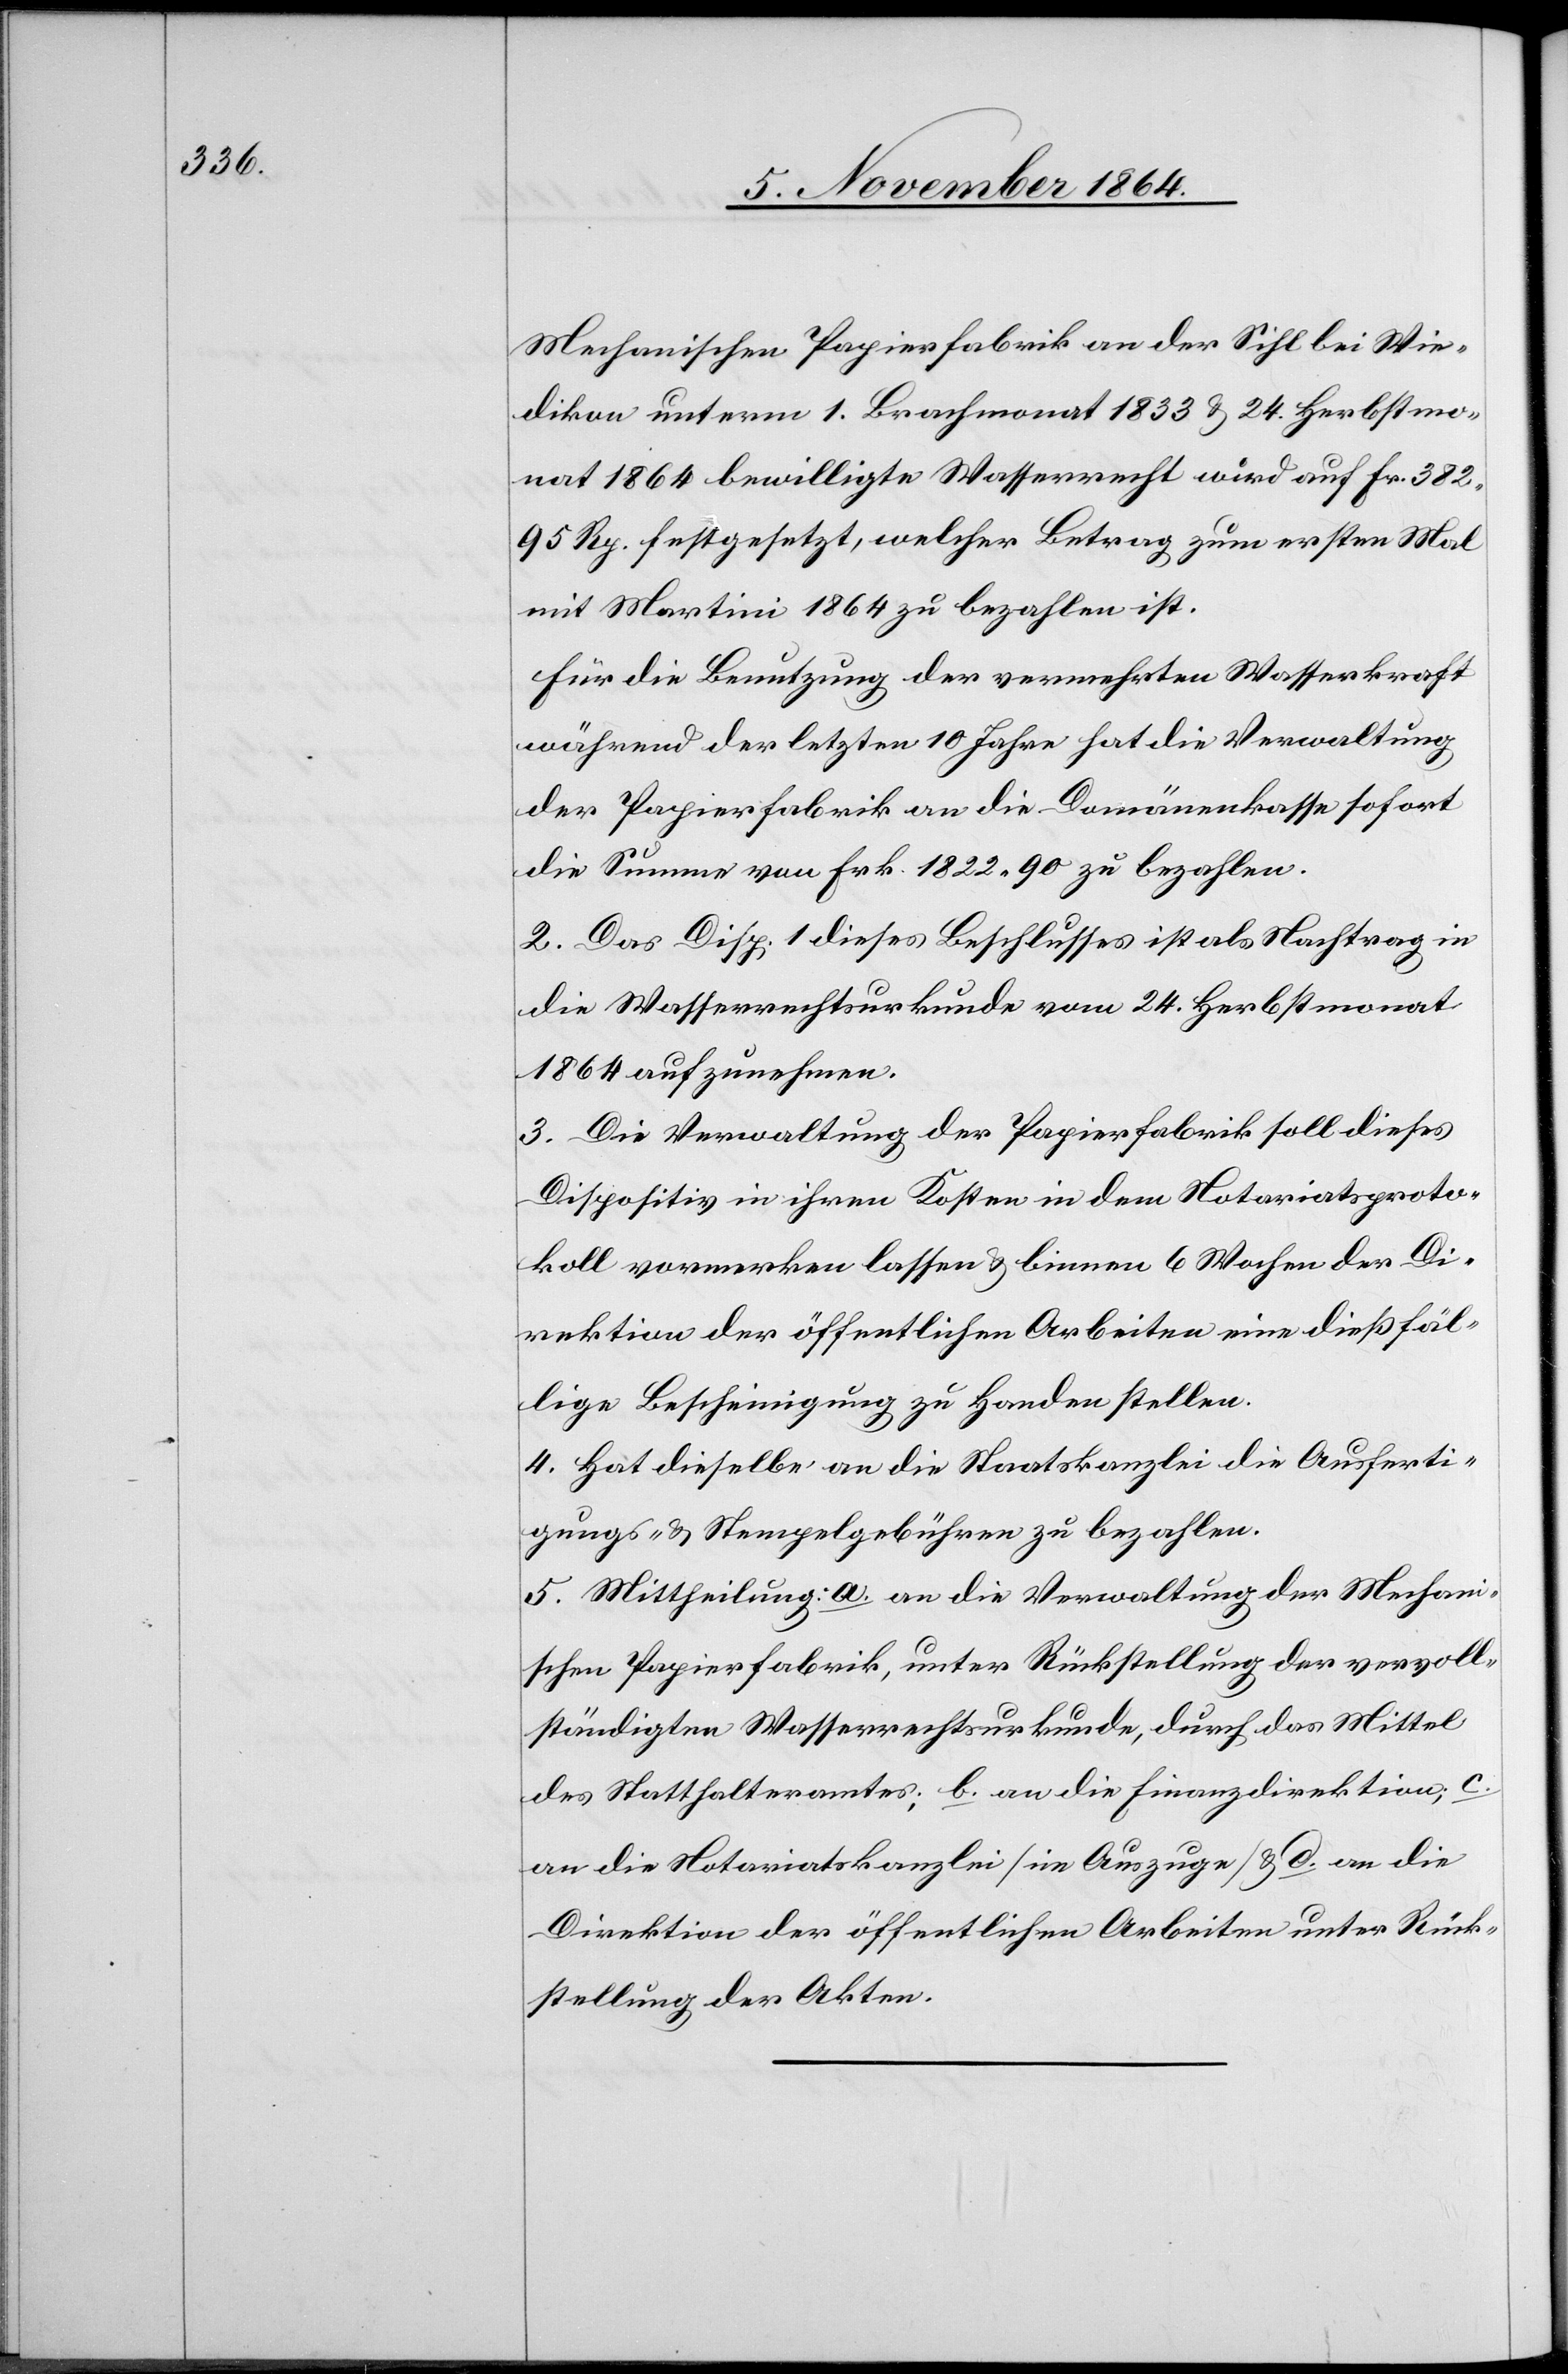
Mechanischen Papierfabrik an der Sihl bei Wie¬
dikon unterm 1. Brachmonat 1833 & 24. Herbstmo¬
nat 1864 bewilligte Wasserrecht wird auf Fr. 382.95
Rp. festgesetzt, welcher Betrag zum ersten Mal
mit Martini 1864 zu bezahlen ist.
Für die Benutzung der vermehrten Wasserkraft
während der letzten 10 Jahre hat die Verwaltung
der Papierfabrik an die Domänenkasse sofort
die Summe von Frk. 1822.90 zu bezahlen.
2. Das Disp. 1 dieses Beschlusses ist als Nachtrag in
die Wasserrechtsurkunde vom 24. Herbstmonat
1864 aufzunehmen.
3. Die Verwaltung der Papierfabrik soll dieses
Dispositiv in ihren Kosten in dem Notariatsproto¬
koll vormerken lassen & binnen 6 Wochen der Di¬
rektion der öffentlichen Arbeiten eine dießfäl¬
lige Bescheinigung zu Handen stellen.
4. Hat dieselbe an die Staatskanzlei die Ausferti¬
gungs- & Stempelgebühren zu bezahlen.
5. Mittheilung: a. an die Verwaltung der Mechani¬
schen Papierfabrik, unter Rückstellung der vervoll¬
ständigten Wasserrechtsurkunde, durch das Mittel
des Statthalteramtes; b. an die Finanzdirektion; c.
an die Notariatskanzlei [im Auszuge] & d. an die
Direktion der öffentlichen Arbeiten unter Rück¬
stellung der Akten.